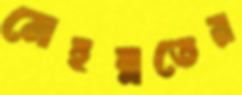
মেহন্নতের